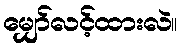
မျှော်လင့်ထားလဲ။